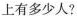
上有多少人？